NAE_Eesti_seltside_protokollid_1900-1917, lk 5
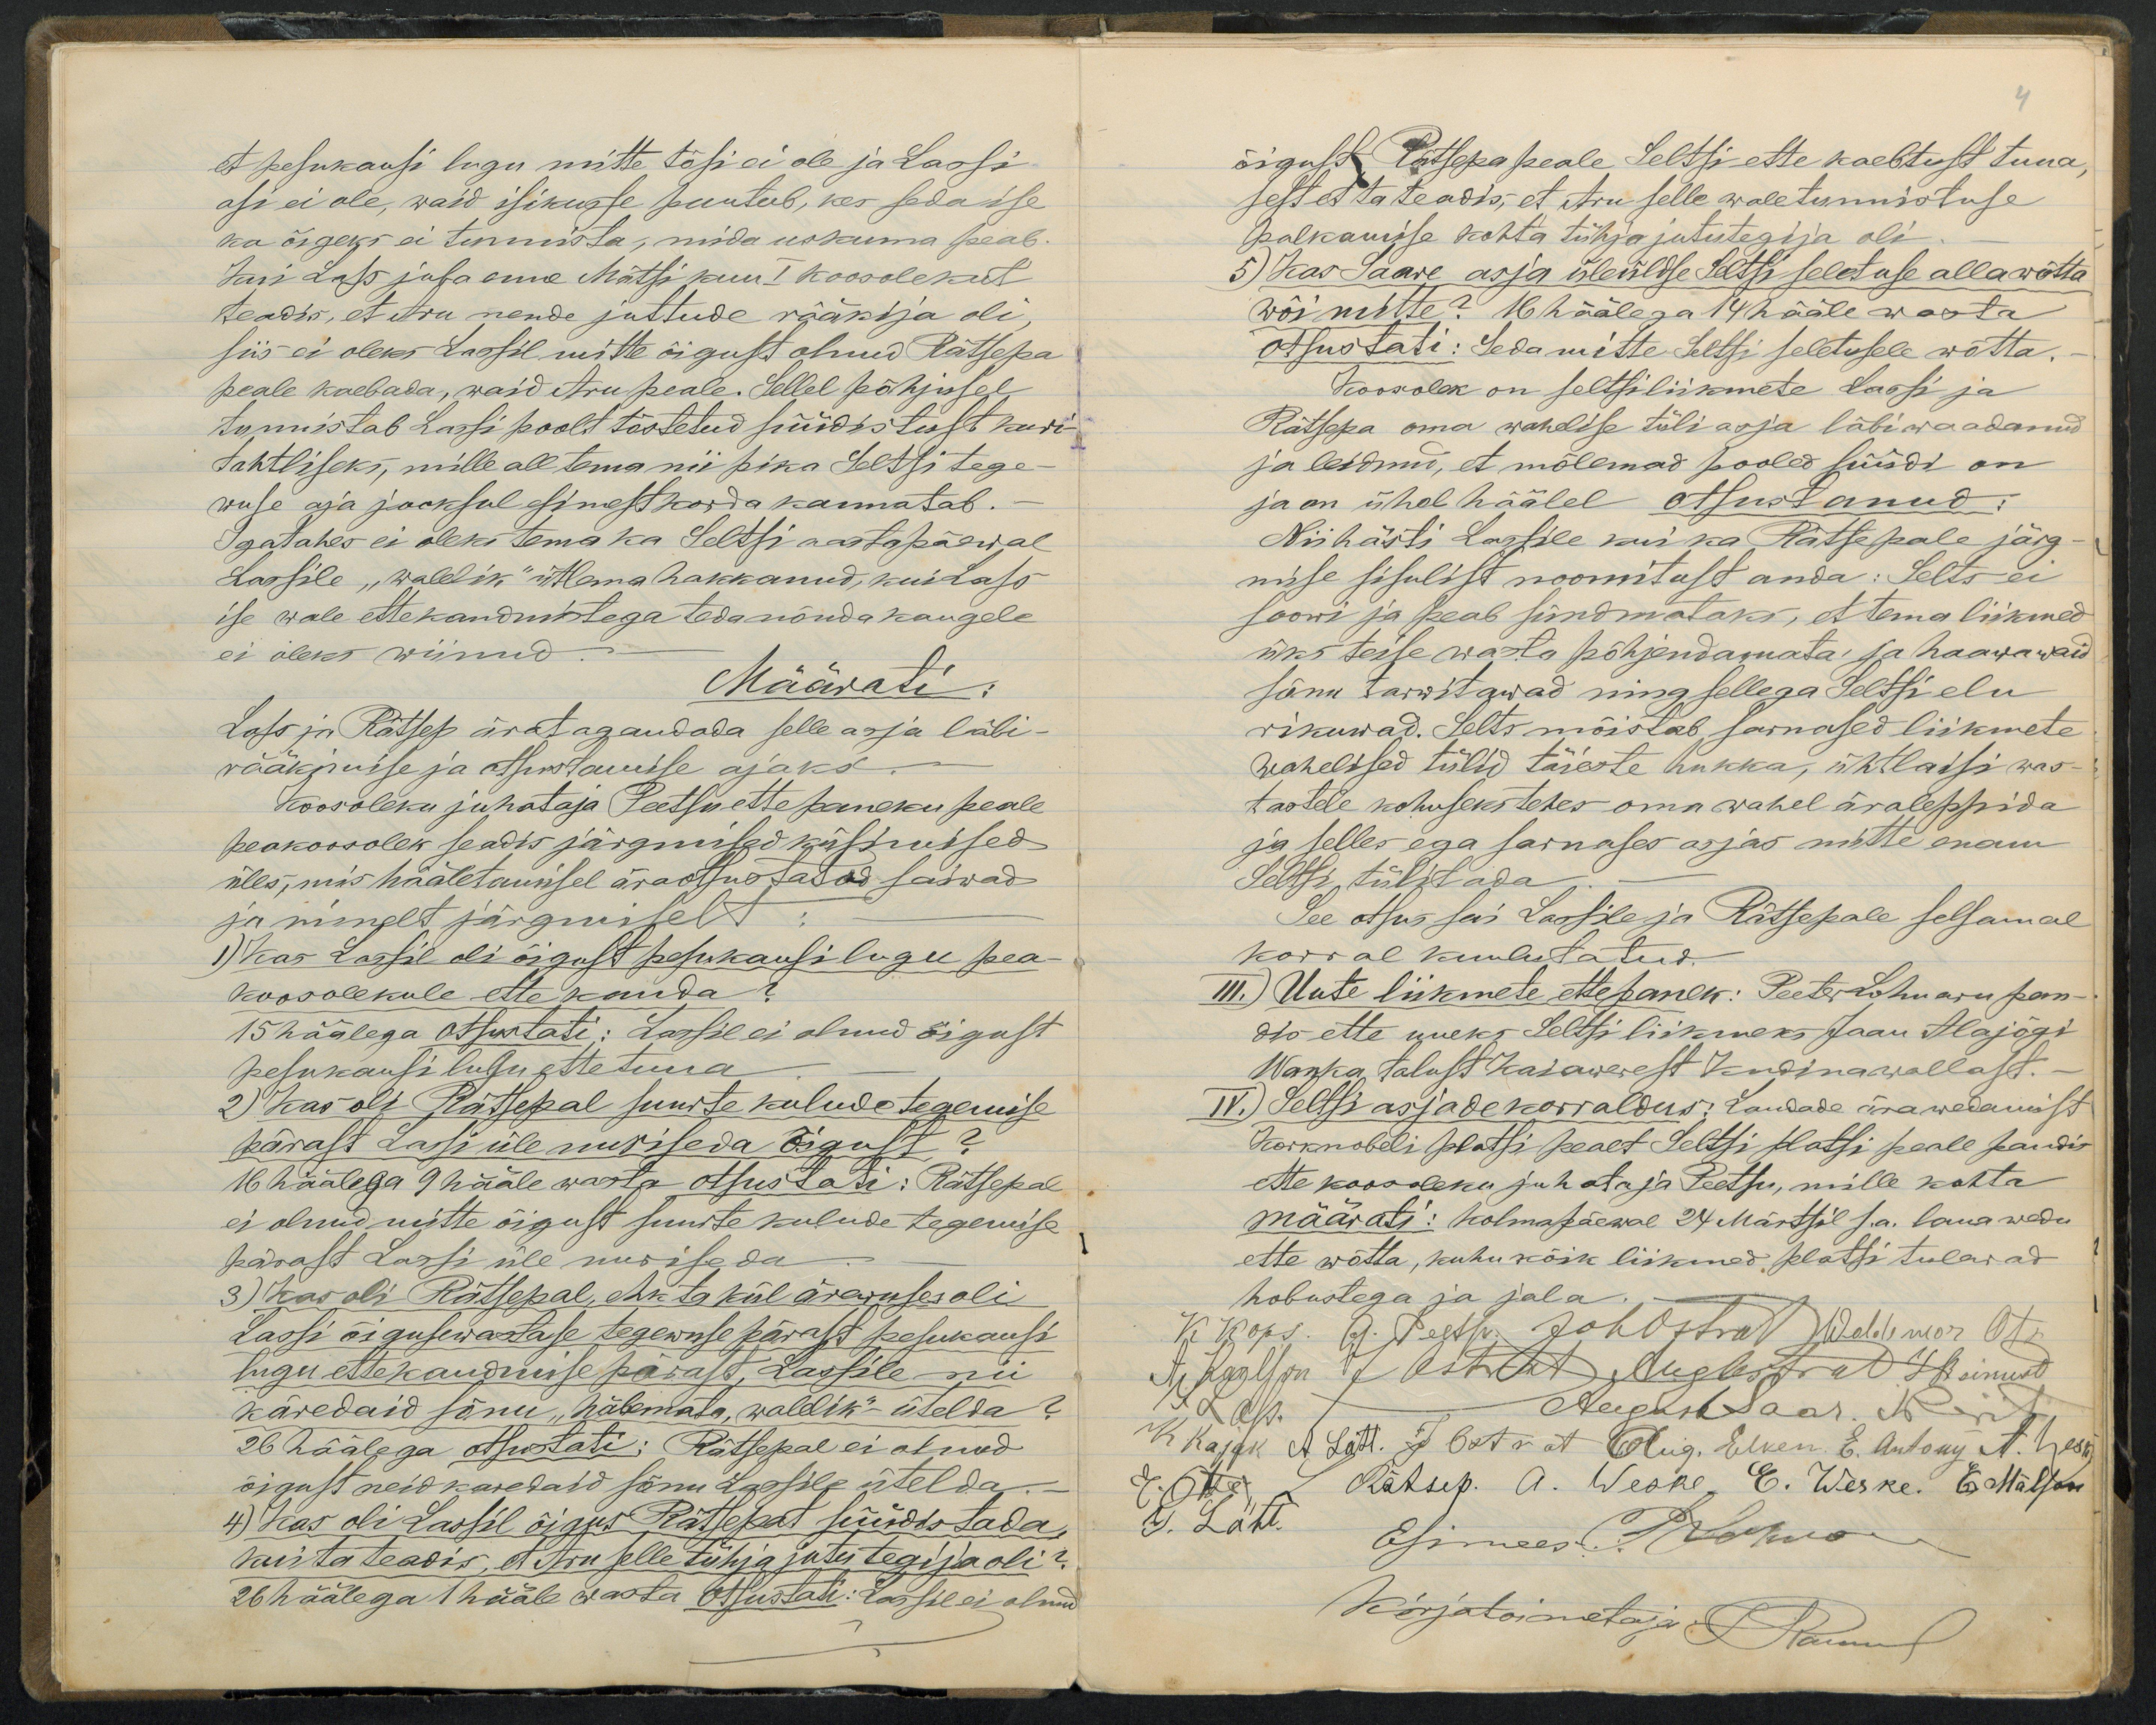
et pesukausi lugu mitte tõsi ei ole ja Lassi
asi ei ole, waid isikusse puutub, kes seda ise
ka õigeks ei tunnusta, mida uskuma peab.
Kui Lass juba enne Mätsi kuu I koosolekut
teadis, et Aru nende juttude rääkija oli
siis ei oleks Lassil mitte õigust olnud Rätsepa
peale kaebada, waid Aru peale. Sellel põhjusel
tunnistab Lassi poolt tõstetud süüdistust kuri-
tahtliseks, mille all tema nii pika Seltsi tege-
wuse aja jooksul esimest korda kannatab.
Igatahes ei oleks tema ka Seltsi aastapäewal
Lassile "walelik" ütlema hakkanud, kuidas
ise wale ettekandmistega teda nõuda kaugele
ei oleks wiinud.
Määrati:
Lass ja Rätsep äratagandada selle asja läbi-
rääkimise ja otsustamise ajaks.
Koosoleku juhataja Peetsu ettepaneku peale
peakoosolek seadis järgmised küsimised
üles, mis hääletamisel äraotsustatud saiwad
ja nimelt järgmiselt
1) Kas Lassil oli õigust pesukausilugu pea-
koosolekule ettekanda
15 häälega otsustati: Lassil ei olnud õigust
pesukausi lugu ette tuua
2) Kas oli Rätsepal suurte kulude tegemise
pärast Lassi üle nuriseda õigust?
16 häälega 9 hääle wasta otsustati: Rätsepal
ei olnud mitte õigust suurte kulude tegemise
pärrast Lassi üle nuriseda
3) Kas oli Rätsepal, ehk ta kül ärewuses oli
Lassi õigusewastase tegewuse pärast pesukausi
lugu ettekandmisepärast, Lassile nii
käredaid sõnu "häbemata, walelik" - ütelda?
26 häälega otsustati: Rätsepal ei olnud
õigust neid karedaid sõnu Lassile ütelda.
4) Kas oli Lassil õigus Rätsepat süüdistada,
kui ta teaks, et Aru selle tühja jutu tegija oli?
26 häälega 1 hääle wasta Otsustati: Lassil ei olnud

õigust Rätsepa peale Seltsi ette kaebtust tuua,
sest et ta teadis, et Aru selle waletunnistuse
palkamise kohta tühjajututegija oli
5) Kas Saare asja üleültse Seltsi seletuse alla wõtta
wõi mitte? 16 häälega 14 hääle wasta
otsustati: Seda mitte Seltsi seletusele wõtta.
Koosolek on seltsiliikmete Lassi ja
Rätsepa oma wahelise tüli asja läbiwaadanud
ja leidnud, et mõlemad pooled süüdi on
ja on ühel häälel otsustanud.
Nii hästi Lassile kui ka Rätsepale järg
mise sisulist noomitust anda. Selts ei
soowi ja peab sündmataks, et tema liikmed
üks teise wasta põhjendamata ja haawawaid
sõnu tarwitawad ning sellega Seltsi elu
rikuwad. Selts mõistab sarnased liikmete
wahelised tülid täieste hukka, ühtlaisi was-
tastele kohuseks tehes oma wahel äraleppida
ja selles ega sarnases asjas mitte enam
Seltsi tülistada
See otsus sai Lassile ja Rätsepale selsamal
korral kuulutatud.
III.) Uute liikmete ettepanek: Peeter Lohuaru pan-
dis ette uueks Seltsi liikmeks Jaan Alajõgi
Wanka talust Kaiawerest Kudina wallast.-
IV.) Selti asjade korraldus: Laudade ärawedamist
Korknobeli platsi pealt Seltsi platsi peale kandis
ette koosoleku juhata ja Peetsu, mille kohta
määrati: Kolmapäewal 24 Märtsil s.a. laua wedu
ette wõtta, kuhu kõik liikmed platsi tulewad
hobustega ja jala.